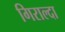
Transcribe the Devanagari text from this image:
गिराल्दा